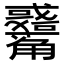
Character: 𧥑